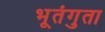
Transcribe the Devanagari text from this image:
भूतंगुता